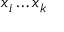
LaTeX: x _ { i } \ldots x _ { k }